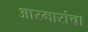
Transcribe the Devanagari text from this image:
आरमारांचा